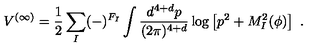
V ^ { ( \infty ) } = \frac { 1 } { 2 } \sum _ { I } ( - ) ^ { F _ { I } } \int \frac { d ^ { 4 + d } p } { ( 2 \pi ) ^ { 4 + d } } \log \left[ p ^ { 2 } + M _ { I } ^ { 2 } ( \phi ) \right] \ .